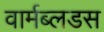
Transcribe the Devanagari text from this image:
वार्मब्लडस